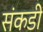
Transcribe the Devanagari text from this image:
संकडी